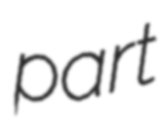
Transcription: part